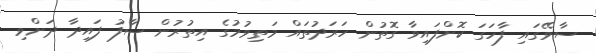
ސާވޭގައި ފާހަގަ ކޮށްފައިވާ ގޮތުން ހަރަދުތައް މަތިވުމުގެ އިތުރުން ސާފު ފައިދާ ދަށްވި